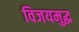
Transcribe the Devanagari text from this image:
विजयमुद्ध